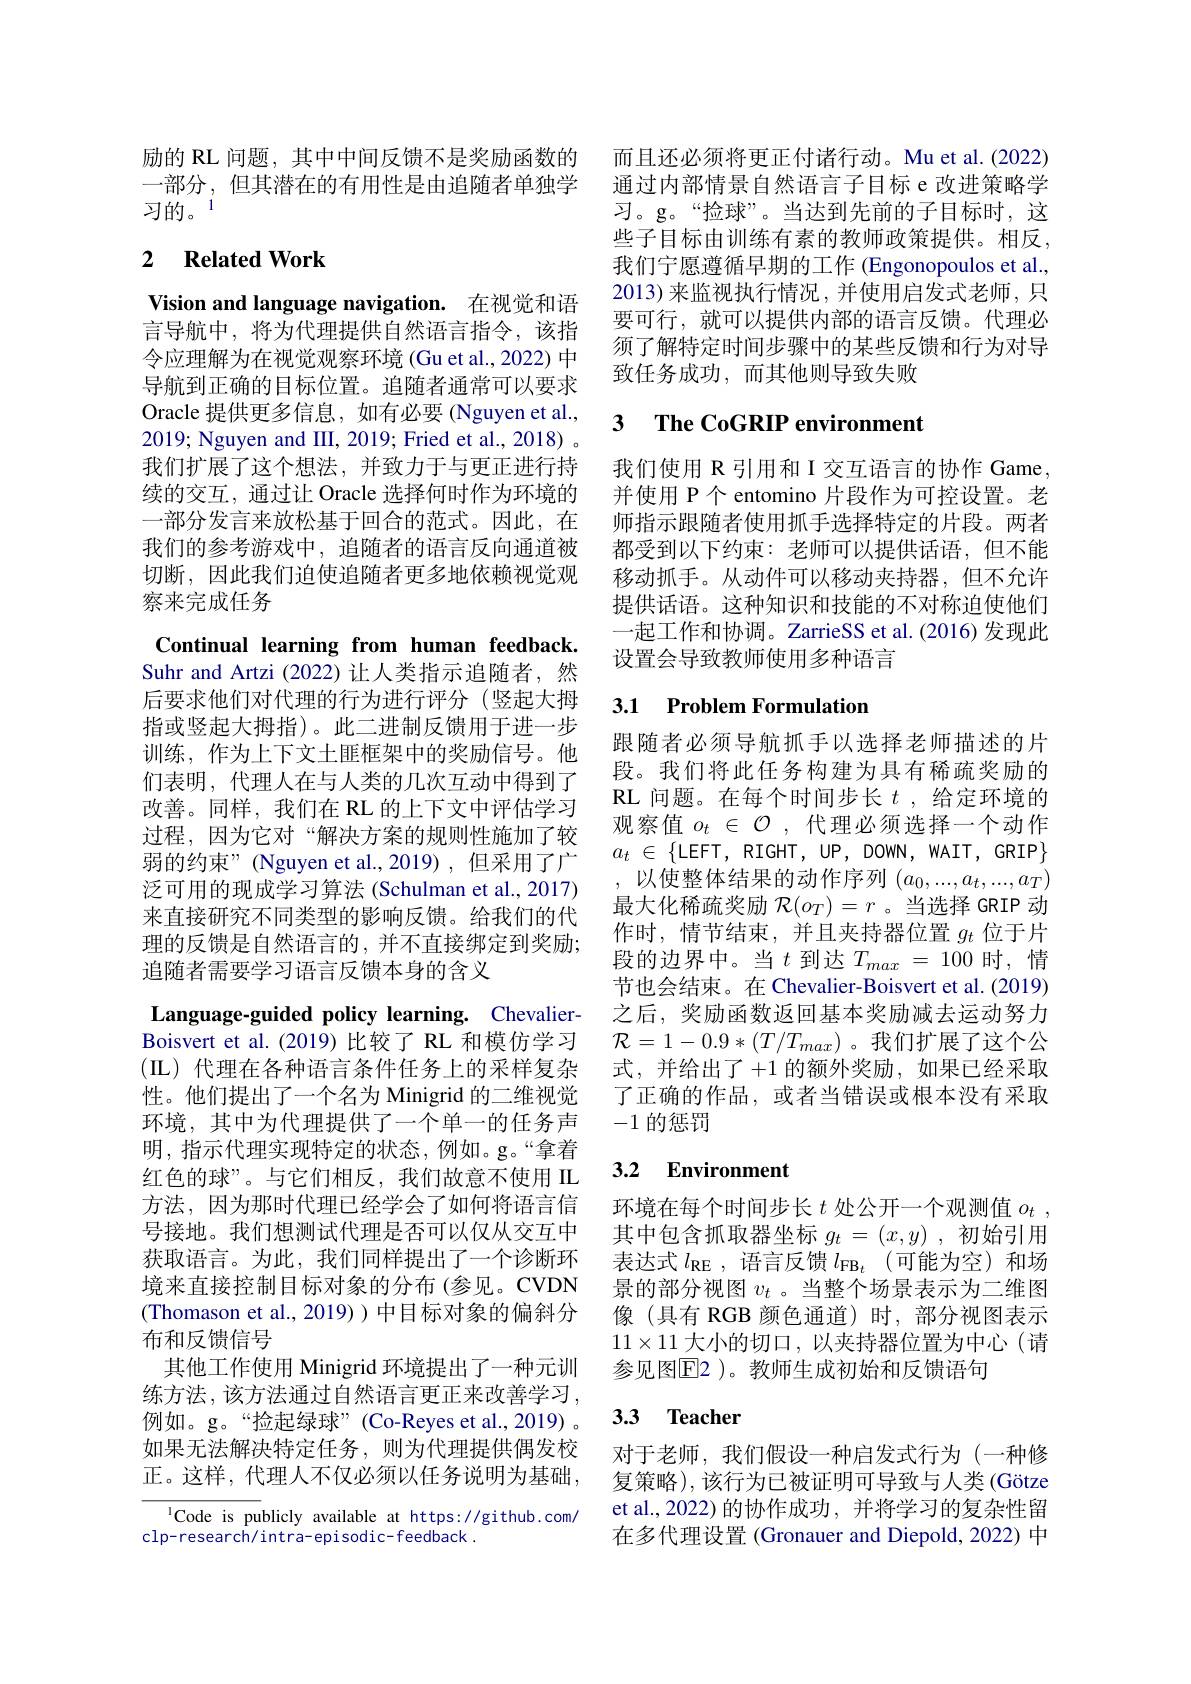
励的 RL 问题，其中中间反馈不是奖励函数的 而且还必须将更正付诸行动。Mu et al.(2022)
一部分，但其潜在的有用性是由追随者单独学
习的。1

## 2 $\textbf{Related Work}$

Vision and language navigation. 在视觉和语言导航中，将为代理提供自然语言指令，该指令应理解为在视觉观察环境(Gu et al., 2022) 中导航到正确的目标位置。追随者通常可以要求Oracle 提供更多信息，如有必要 (Nguyen et al., 2019; Nguyen and III, 2019; Fried et al., 2018) 。我们扩展了这个想法，并致力于与更正进行持续的交互，通过让 Oracle 选择何时作为环境的一部分发言来放松基于回合的范式。因此，在我们的参考游戏中，追随者的语言反向通道被切断，因此我们迫使追随者更多地依赖视觉观察来完成任务

Continual learning from human feedback. Suhr and Artzi (2022)让人类指示追随者，然后要求他们对代理的行为进行评分(竖起大拇指或竖起大拇指)。此二进制反馈用于进一步训练，作为上下文土匪框架中的奖励信号。他们表明，代理人在与人类的几次互动中得到了改善。同样，我们在 RL 的上下文中评估学习过程，因为它对“解决方案的规则性施加了较弱的约束”(Nguyen et al.,2019),但采用了广泛可用的现成学习算法(Schulman et al., 2017) 来直接研究不同类型的影响反馈。给我们的代理的反馈是自然语言的，并不直接绑定到奖励； 追随者需要学习语言反馈本身的含义

Language-guided policy learning. ChevalierBoisvert et al.(2019)比较了 RL 和模仿学习(L)代理在各种语言条件任务上的采样复杂性。他们提出了一个名为 Minigrid 的二维视觉环境，其中为代理提供了一个单一的任务声明，指示代理实现特定的状态，例如。g。“拿着红色的球”。与它们相反，我们故意不使用 IL 方法，因为那时代理已经学会了如何将语言信号接地。我们想测试代理是否可以仅从交互中获取语言。为此，我们同样提出了一个诊断环境来直接控制目标对象的分布 (参见。CVDN (Thomason et al., 2019)) 中目标对象的偏斜分布和反馈信号
其他工作使用 Minigrid 环境提出了一种元训练方法，该方法通过自然语言更正来改善学习， 例如。g。“捡起绿球”(Co-Reyes et al.,2019)。如果无法解决特定任务，则为代理提供偶发校正。这样，代理人不仅必须以任务说明为基础，
$^{\mathrm{l}}$Code is publicly available at https://github.com/

clp-research/intra-episodic-feedback.

通过内部情景自然语言子目标 e 改进策略学习。g。“捡球”。当达到先前的子目标时，这些子目标由训练有素的教师政策提供。相反， 我们宁愿遵循早期的工作 (Engonopoulos et al., 2013)来监视执行情况，并使用启发式老师，只要可行，就可以提供内部的语言反馈。代理必须了解特定时间步骤中的某些反馈和行为对导致任务成功，而其他则导致失败

## 3 $\textbf{The CoGRIP environment}$

我们使用 R 引用和 I 交互语言的协作 Game, 并使用 P 个 entomino 片段作为可控设置。老师指示跟随者使用抓手选择特定的片段。两者都受到以下约束：老师可以提供话语，但不能移动抓手。从动件可以移动夹持器，但不允许提供话语。这种知识和技能的不对称迫使他们一起工作和协调。ZarrieSS et al.(2016) 发现此设置会导致教师使用多种语言

## 3.1 Problem Formulation

跟随者必须导航抓手以选择老师描述的片段。我们将此任务构建为具有稀疏奖励的RL 问题。在每个时间步长$t$ ,给定环境的观察值$o_t\in\mathcal{O}$ ,代理必须选择一个动作$a_{t}$ $\in$ $\{$LEFT, RIGHT, UP, DOWN, WAIT, GRIP$\}$ ,以使整体结果的动作序列$(a_0,...,a_t,...,a_T)$ 最大化稀疏奖励$\mathcal{R}(o_T)=r$ 。当选择 GRIP 动作时，情节结束，并且夹持器位置$g_t$位于片段的边界中。当$t$到达$T_{max}=100$时，情节也会结束。在 Chevalier-Boisvert et al. (2019) 之后，奖励函数返回基本奖励减去运动努力$\mathcal{R}=1-0.9*(T/T_{max})$。我们扩展了这个公式，并给出了+1 的额外奖励，如果已经采取了正确的作品，或者当错误或根本没有采取-1的惩罚

## 3.2 Environment

环境在每个时间步长$t$处公开一个观测值$o_t$, 其中包含抓取器坐标$g_t=(x,y)$ ,初始引用表达式$l_\mathrm{RE}$ ,语言反馈$l_\mathrm{FB}_t$ (可能为空)和场景的部分视图$v_t$ 。当整个场景表示为二维图像(具有 RGB 颜色通道)时，部分视图表示$11\times11$大小的切口 ,以夹持器位置为中心 (请参见图$\overline{\mathrm{E}}$2 )。教师生成初始和反馈语句

# 3.3 Teacher

对于老师，我们假设一种启发式行为(一种修复策略),该行为已被证明可导致与人类(Götze et al.,2022) 的协作成功 , 并将学习的复杂性留在多代理设置 (Gronauer and Diepold, 2022) 中